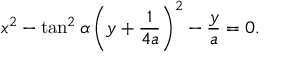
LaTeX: x ^ { 2 } - \tan ^ { 2 } \alpha \left( y + { \frac { 1 } { 4 a } } \right) ^ { 2 } - { \frac { y } { a } } = 0 .